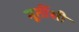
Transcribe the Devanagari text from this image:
मूर्तीसी